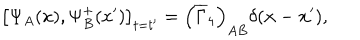
\left[ \Psi _ { A } ( x ) , \Psi _ { B } ^ { + } ( x ^ { \prime } ) \right] _ { t = t ^ { \prime } } = \left( \overline { { { \Gamma } } } _ { 4 } \right) _ { A B } \delta ( \mathbf { x } - \mathbf { x } ^ { \prime } ) ,